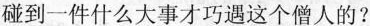
碰到一件什么大事才巧遇这个僧人的?